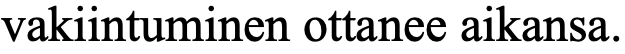
vakiintuminen ottanee aikansa.